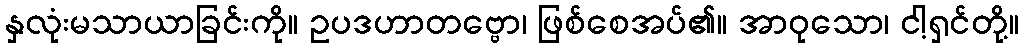
နှလုံးမသာယာခြင်းကို။ ဥပဒဟာတဗ္ဗော၊ ဖြစ်စေအပ်၏။ အာဝုသော၊ ငါ့ရှင်တို့။